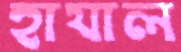
হাযাল